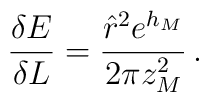
\frac{\delta E }{ \delta L} = \frac{{\hat r}^2 e^{h_M} }{ 2\pi z_M^2} \,.